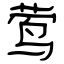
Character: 莺